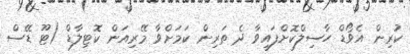
ކުރިން އެވޯޑް ހާސިލްކޮށްފައިވާ ދެ ތަރިން ކަމަށްވާ މޭރިއަން ކޮޓިލާޑް (ޓޫ ޑޭސް